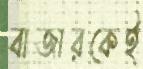
বাজারকেই